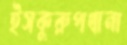
ইসকুরুপখানা